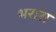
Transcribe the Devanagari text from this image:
भरारा